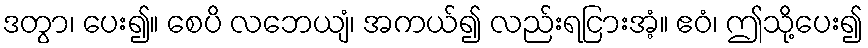
ဒတွာ၊ ပေး၍။ စေပိ လဘေယျံ၊ အကယ်၍ လည်းရငြားအံ့။ ဧဝံ၊ ဤသို့ပေး၍